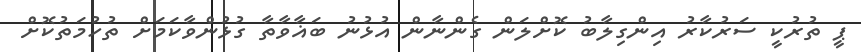
ޕީ ތުރުކީ ސަރުކާރު އިންގިލާބު ކޮށްލަން ގެންނާން އުޅުނު ބަޣާވާތާ ގުޅުންވާކަމަށް ތުހުމަތުކޮށް